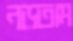
নড়তাম